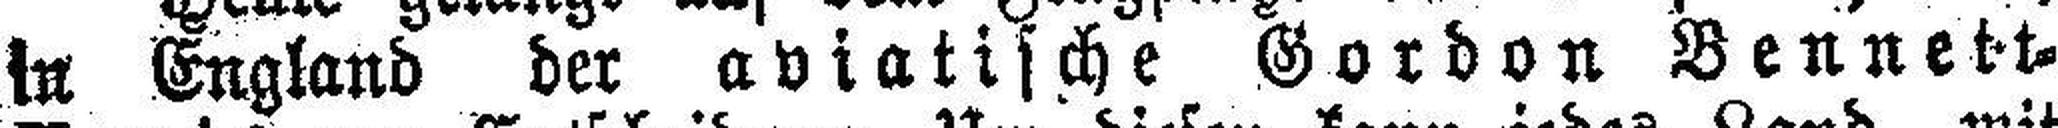
in England der aviatische Gordon Bennett=